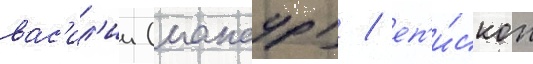
вас'ил'ии (мансур) / еп'и́скоп